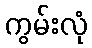
ကွမ်းလုံ